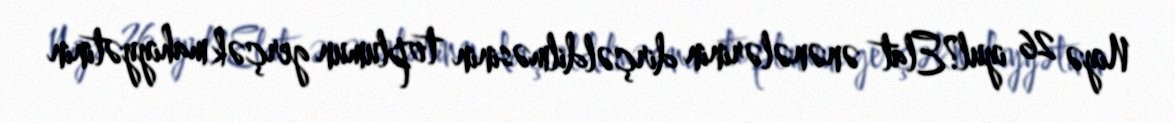
Niyə 26 iyul?Elat ənənələrinin dirçəldilməsinin toplumun gerçək mahiyyətinin